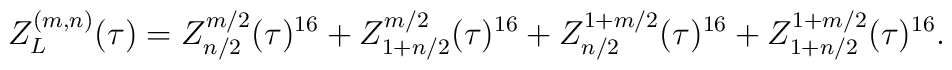
Z_L^{(m,n)}(\tau) = Z^{m/2}_{n/2}(\tau)^{16}+Z^{m/2}_{1+n/2}(\tau)^{16}                   +Z^{1+m/2}_{n/2}(\tau)^{16}+Z^{1+m/2}_{1+n/2}(\tau)^{16}.